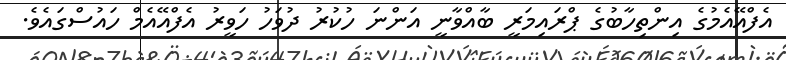
އެފްއޭއެމުގެ އިންތިހާބުގެ ޕްރައިމަރީ ބާއްވާނީ އަންނަ ހުކުރު ދުވަހު ހަވީރު އެފްއޭއެމް ހައުސްގައެވެ.